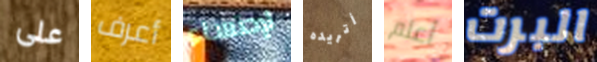
على أعرف لإحتساء أتريده أعلم البرت